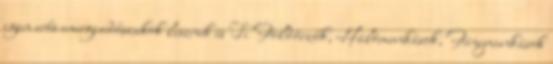
igen erős energiadőszakok lesznek és Ti Földőrzők, Hálómunkások, Fénymunkások